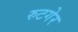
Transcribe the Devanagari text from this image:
रुटगेर